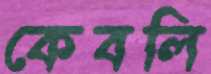
কেবলি